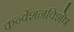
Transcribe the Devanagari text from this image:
कन्वेंशनविशेष